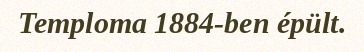
Temploma 1884-ben épült.